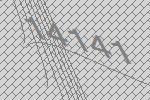
14141